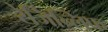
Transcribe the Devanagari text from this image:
रेजिन्लिफ